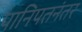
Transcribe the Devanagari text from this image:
पानिपतनंतर